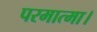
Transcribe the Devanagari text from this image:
परमात्मा।